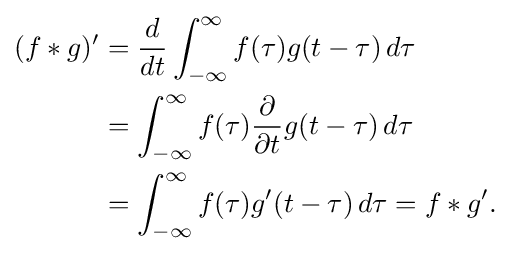
{\begin{aligned}(f*g)'&={\frac {d}{dt}}\int _{-\infty }^{\infty }f(\tau )g(t-\tau )\,d\tau \\&=\int _{-\infty }^{\infty }f(\tau ){\frac {\partial }{\partial t}}g(t-\tau )\,d\tau \\&=\int _{-\infty }^{\infty }f(\tau )g'(t-\tau )\,d\tau =f*g'.\end{aligned}}